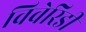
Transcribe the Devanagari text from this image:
विवेरिडी